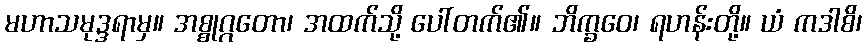
မဟာသမုဒ္ဒရာမှ။ အစ္စုဂ္ဂတော၊ အထက်သို့ ပေါ်တက်၏။ ဘိက္ခဝေ၊ ရဟန်းတို့။ ယံ ကဒါစိ၊